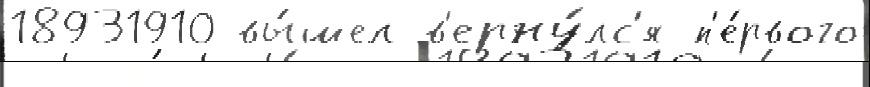
18931910 вы́шел в'ерну́лс'я п'е́рвого